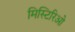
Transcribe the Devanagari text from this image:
मिस्टिरिओ